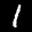
Label: 1